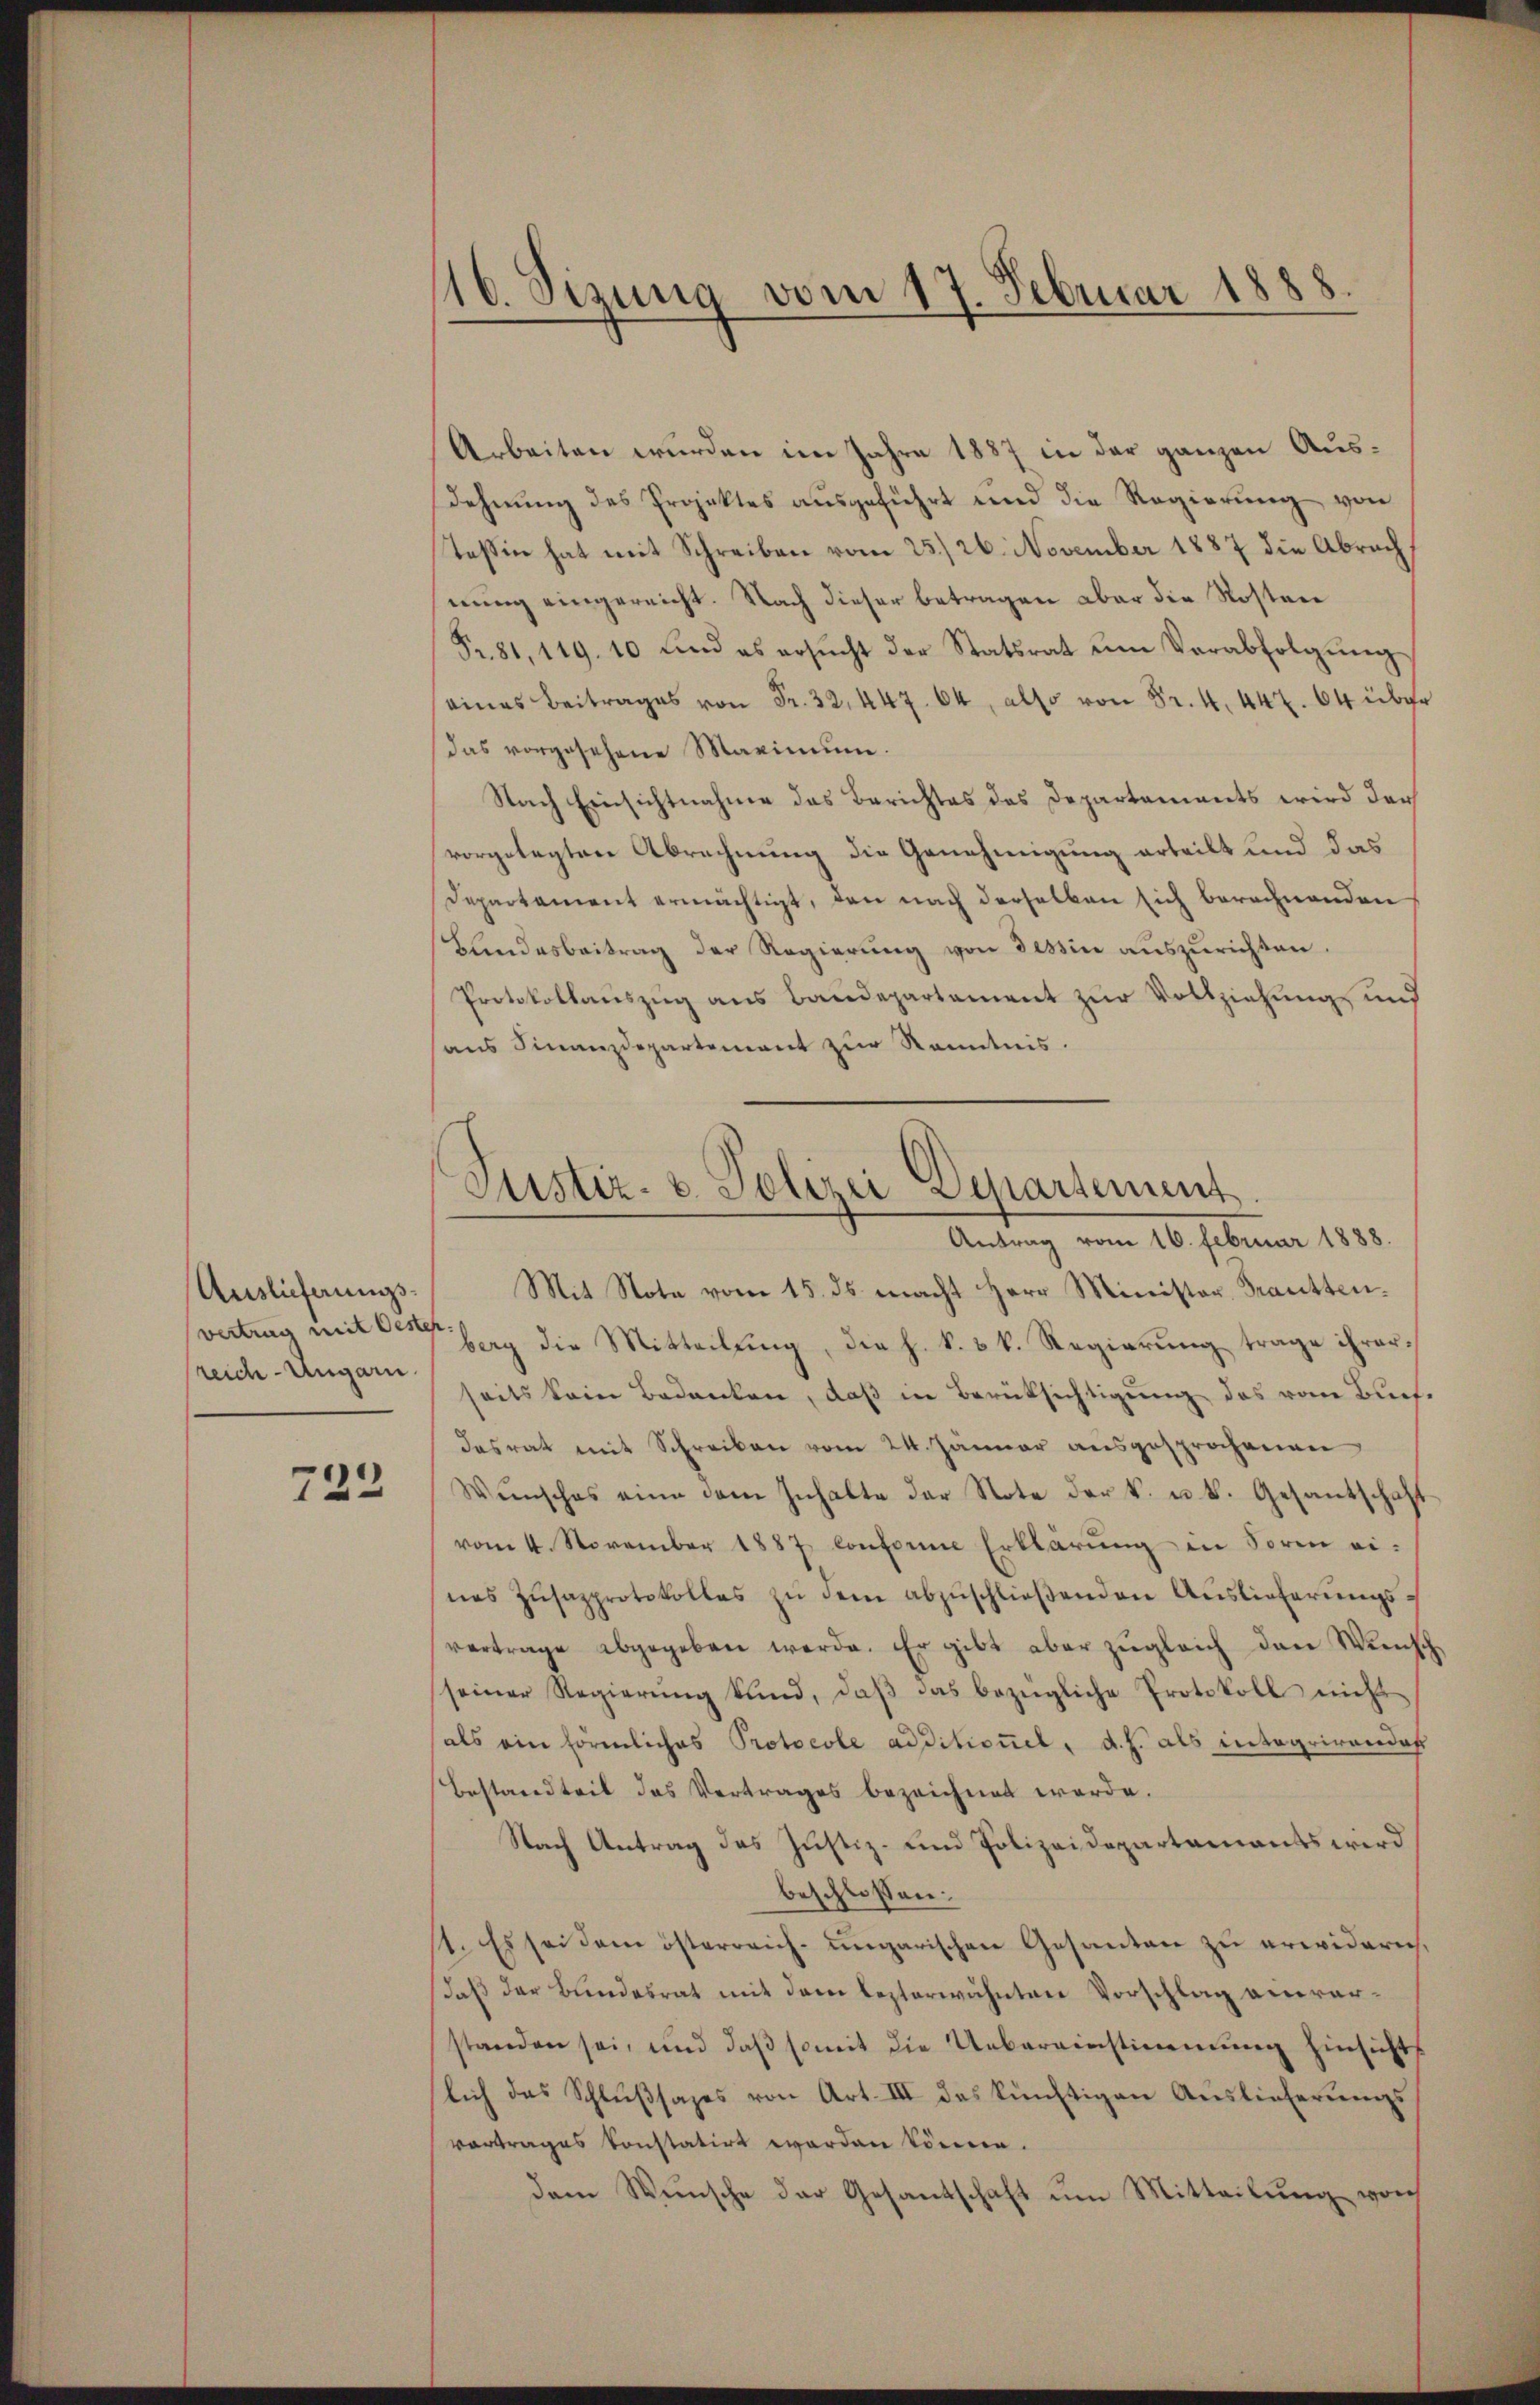
reich-Ungarn.

723

16. Sizung vom 17. Februar 1888.

Arbeiten wurden im Jahre 1887 in der ganzen Ausdehnung des Projektes ausgeführt und die Regierung von
Teßin hat mit Schreiben vom 25./26. November 1887 die Abrach
nung eingereicht. Nach dieser betragen aber die Kosten
Fr. 81, 119. 10 und es ersŭcht der Statsrat ŭm Verabfolgŭng
seines Beitrages von Fr. 32, 447. 64, also von Fr. 4. 442. 64 über
das vorgesehene Maximum.
Nach Einsichtnahme das Berichtes des Departements wird der
vorgelegten Abrechnung die Genehmigung erteilt und das
Departament ermächtigt, den nach derselben sich berechnenden
Bundesbeitrag der Regierŭng von dessin aŭszŭrichten.
Protokollauszug aus Baudepartament zur Vollziehung und
aus Finanzdepartement zur Kenntnis.
Auslieferŭngs- Mit Note vom 15. ds. macht Herr Minister Brautten.
onting mit der bey die Mitteilung, die h. k. k. Regierung trage ihrerseits kein Bedanken, daß in Berüksichtigung das vom Buchdesrat mit Schreiben vom 24. Jänner ausgesprochenen
Wünsches eine dem Inhalte der Note der k. u. k. Gesandtschaft
vom 4. November 1887 Conforme Erklärung in Sorm eines Zŭsazprotokolles zŭ dem abzuschließenden Auslieferungsvertrage abgegeben werde. Er gibt aber zŭgleich den Wünsch
seiner Regierŭng kund, daβ das bezügliche Protokoll nicht
als ein förmliches Protocole additionel, d. h. als integrirendas
Bestandteil das Vertrages bezeichnet werde.
Nach Antrag des Justiz- und Polizeidepartamants wird
beschlossen:
1. Es sei dem österreich-ungarischen Gesanten zu erwidern,
daß der Bundesrat mit dem lezterwähnten Vorschlag anerstanden sei, und daß somit die Uebereinstimmung hinsichts
lich das Schlußsazes von Art. III des künftigen Auslieferungs
vortrages konstatirt worden können.
dem Wünsche der Gesantschaft ŭm Mitteilŭng von

Justiz- & Polizei Departement
Antrag vom 16. Februar 1888.